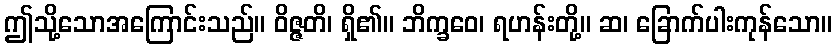
ဤသို့သောအကြောင်းသည်။ ဝိဇ္ဇတိ၊ ရှိ၏။ ဘိက္ခဝေ၊ ရဟန်းတို့။ ဆ၊ ခြောက်ပါးကုန်သော။